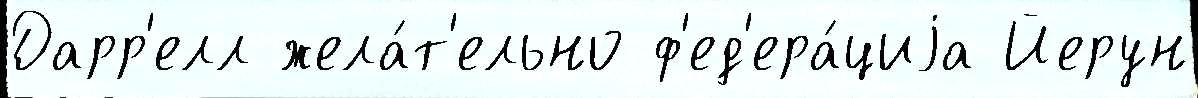
Дарр'елл жела́т'ельно ф'ед'ера́циjа Йерун